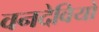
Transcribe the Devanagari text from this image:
वनदेवियों